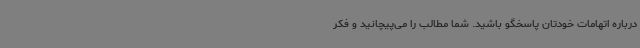
درباره اتهامات خودتان پاسخگو باشید. شما مطالب را می‌پیچانید و فکر